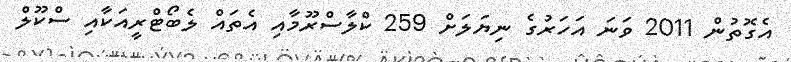
އެގޮތުން 2011 ވަނަ އަހަރުގެ ނިޔަލަށް 259 ކްލާސްރޫމާއި އެތައް ލެބޯޓްރީއަކާއި ސްކޫލް